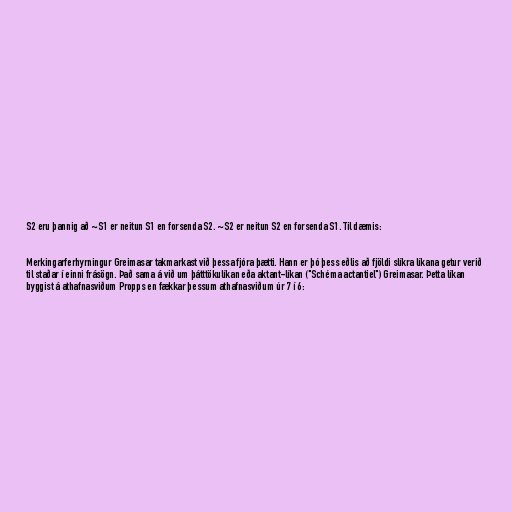
S2 eru þannig að ~S1 er neitun S1 en forsenda S2. ~S2 er neitun S2 en forsenda S1. Til dæmis:

Merkingarferhyrningur Greimasar takmarkast við þessa fjóra þætti. Hann er þó þess eðlis að fjöldi slíkra líkana getur verið
til staðar í einni frásögn. Það sama á við um þátttökulíkan eða aktant-líkan ("Schéma actantiel") Greimasar. Þetta líkan
byggist á athafnasviðum Propps en fækkar þessum athafnasviðum úr 7 í 6: